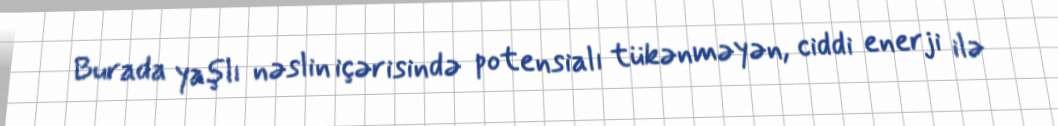
Burada yaşlı nəslin içərisində potensialı tükənməyən, ciddi enerji ilə